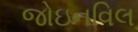
જોઇનવિલ